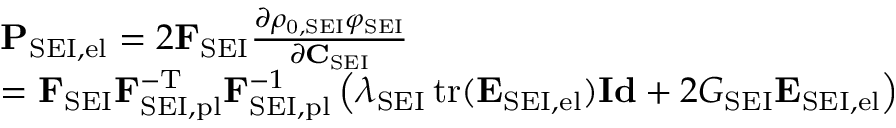
\begin{array} { r l } & { \mathbf { P } _ { \mathrm { S E I , e l } } = 2 \mathbf { F } _ { \mathrm { S E I } } \frac { \partial \rho _ { \mathrm { 0 , S E I } } \varphi _ { \mathrm { S E I } } } { \partial \mathbf { C } _ { \mathrm { S E I } } } } \\ & { = \mathbf { F } _ { \mathrm { S E I } } \mathbf { F } _ { \mathrm { S E I , p l } } ^ { - \mathrm { T } } \mathbf { F } _ { \mathrm { S E I , p l } } ^ { - 1 } \left( \lambda _ { \mathrm { S E I } } \operatorname { t r } ( \mathbf { E } _ { \mathrm { S E I , e l } } ) \mathbf { I d } + 2 G _ { \mathrm { S E I } } \mathbf { E } _ { \mathrm { S E I , e l } } \right) } \end{array}